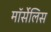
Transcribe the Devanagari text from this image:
मॉर्सेलिस